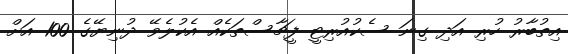
އިތުބާރު ހުރި އަދި ގިނަ ސެކުއުރިޓީ ފީޗާސްތަކެއް އެކުލެވޭ ދުނިޔޭގެ 100 އަށް